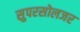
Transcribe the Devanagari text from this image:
सुपरसोलजर